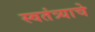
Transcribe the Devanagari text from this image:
स्वतंत्र्याचे